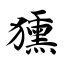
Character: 獯